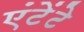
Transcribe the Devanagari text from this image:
एंटेंटे